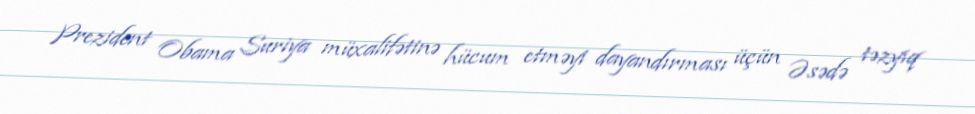
Prezident Obama Suriya müxalifətinə hücum etməyi dayandırması üçün Əsədə təzyiq